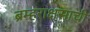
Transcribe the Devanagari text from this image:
ब्रम्हराक्षसाची